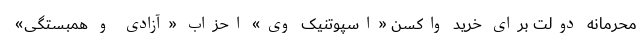
محرمانه دولت برای خرید واکسن «اسپوتنیک وی» احزاب «آزادی و همبستگی»